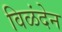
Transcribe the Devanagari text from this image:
विळंदेन